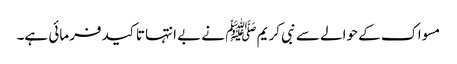
مسواک کے حوالے سے نبی کریم ﷺ نے بے انتہا تاکید فرمائی ہے۔